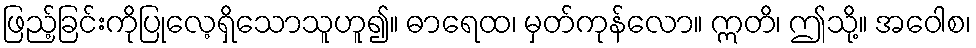
ဖြည့်ခြင်းကိုပြုလေ့ရှိသောသူဟူ၍။ ဓာရေထ၊ မှတ်ကုန်လော။ ဣတိ၊ ဤသို့။ အဝေါစ၊